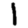
Digit: 1